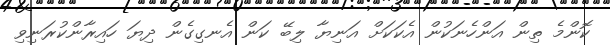
ކޮންމެ ތިން އަންހެނަކުން އެކަކަށް އަނިޔާ ލިބޭ ކަން އެނގިގެން ދިޔަ ހައިރާންކުރަނިވި